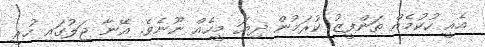
އެއީ ހުކުމެއް ތަންފީޒު ކުރަމުން ދިޔަ މީހެއް ނޫނެވެ. އޭނާ ޖަލުގައި ހުރީ